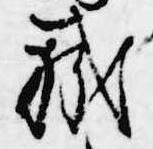
職